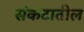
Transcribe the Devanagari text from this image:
संकटातील